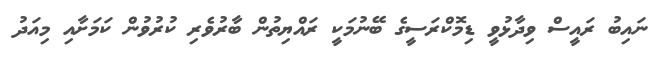
ނައިބު ރައީސް ވިދާޅުވީ ޑިމޮކްރަސީގެ ބޭނުމަކީ ރައްޔިތުން ބާރުވެރި ކުރުވުން ކަމަށާއި މިއަދު